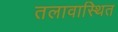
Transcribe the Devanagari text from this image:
तलावास्थित